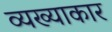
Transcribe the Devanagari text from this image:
व्यख्याकार